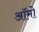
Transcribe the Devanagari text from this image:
ऑमो